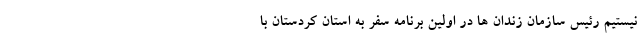
نیستیم رئیس سازمان زندان ها در اولین برنامه سفر به استان کردستان با